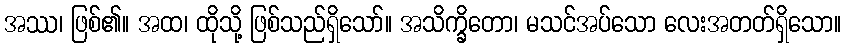
အဿ၊ ဖြစ်၏။ အထ၊ ထိုသို့ ဖြစ်သည်ရှိသော်။ အသိက္ခိတော၊ မသင်အပ်သော လေးအတတ်ရှိသော။